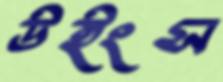
উইংস